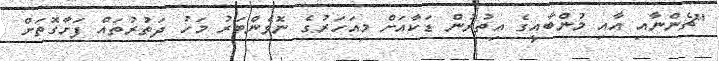
"ޗެންނާއި އާއި މުންބާއީގެ އިތުރުން ޑަކާއަށް މިއަހަރުގެ ނޮވެންބަރު މަހު ދަތުރުތައް ފަށާގޮތަށް